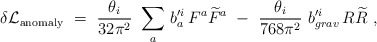
\begin{align*}\delta {\cal L}_{\rm anomaly}\ =\ \frac{\theta_i}{32 \pi^2}\ \sum_a\, b^{\prime i}_a\, F^a \widetilde{F}^a\ -\ \frac{\theta_i}{768 \pi^2}\ b^{\prime i}_{grav}\, R \widetilde{R}\ ,\end{align*}